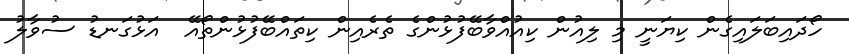
ހޯދައިބަލައިގެން ކިޔަނީ މި ލިއުން ކިއުއްވާބޭފުޅުންގެ ތެރެއިން ކިތައްބޭފުޅުންތޯއޭ  އަޅުގަނޑު ސުވާލު